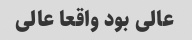
عالی بود واقعا عالی